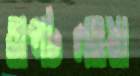
অপটলওয়া